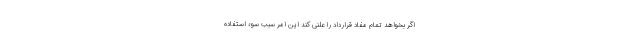
اگر بخواهد تمام مفاد قرارداد را علنی کند این امر سبب سوء استفاده